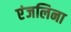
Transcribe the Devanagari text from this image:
एंजलिना